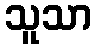
သူသာ